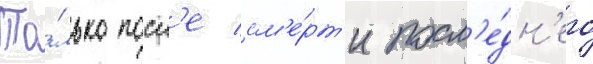
То́лько посл'е см'е́рт'и посл'е́дн'его